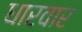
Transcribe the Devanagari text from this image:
धारवार